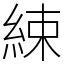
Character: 綀